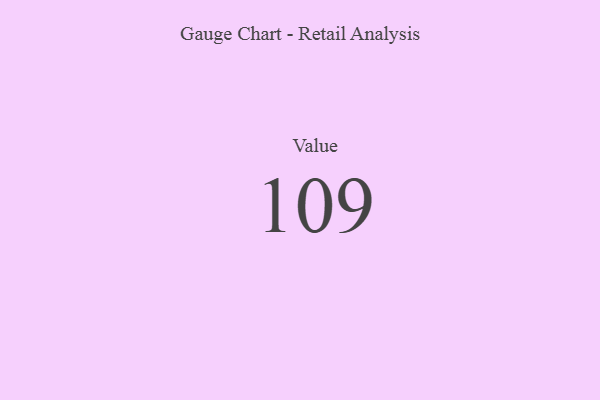
{"axis": {"x": "Metric", "y": "Value"}, "legend": [""], "data": [{"x": "Value", "y": 109, "type": ""}]}